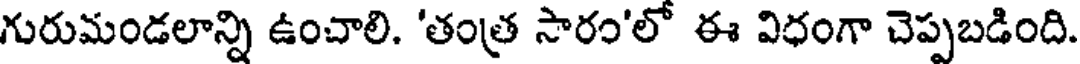
గురుమండలాన్ని ఉంచాలి. 'తంత్ర సారం'లో ఈ విధంగా చెప్పబడింది.